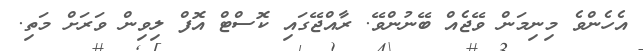
އެހެންވެ މިނިމަން ވޭޖެއް ބޭނުންވޭ. ރާއްޖޭގައި ކޮސްޓް އޮފް ލިވިން ވަރަށް މަތި.